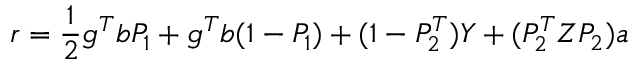
r = { \frac { 1 } { 2 } } g \sp { T } b P _ { 1 } + g \sp { T } b ( 1 - P _ { 1 } ) + ( 1 - P _ { 2 } \sp { T } ) Y + ( P _ { 2 } \sp { T } Z P _ { 2 } ) a